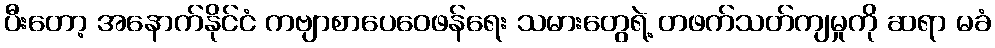
ပီးတော့ အနောက်နိုင်ငံ ကဗျာစာပေဝေဖန်ရေး သမားတွေရဲ့ တဖက်သတ်ကျမှုကို ဆရာ မခံ